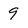
Character: 9